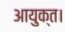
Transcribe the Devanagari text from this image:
आयुक्त।